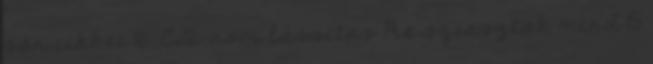
sor cikkei 16. CD-rom lassitas Re sziasztok mind 15